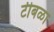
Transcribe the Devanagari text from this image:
टीबळा